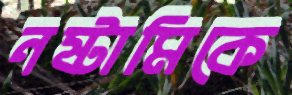
নষ্টামিকে